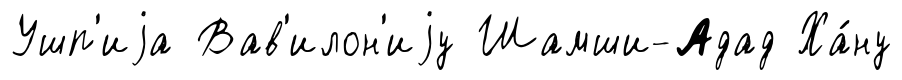
Ушп'иjа Вав'илон'иjу Шамши-Адад Ха́ну